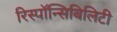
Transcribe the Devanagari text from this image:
रिस्पॉन्सिबिलिटी